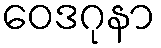
ဝေဒဂုနာ